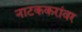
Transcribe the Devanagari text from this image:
नाटककरांवर